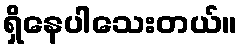
ရှိနေပါသေးတယ်။